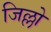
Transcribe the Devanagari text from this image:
जिल्लो